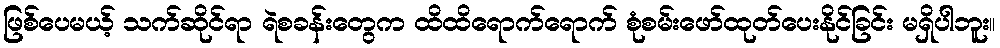
ဖြစ်ပေမယ့် သက်ဆိုင်ရာ ရဲစခန်းတွေက ထိထိရောက်ရောက် စုံစမ်းဖော်ထုတ်ပေးနိုင်ခြင်း မရှိပါဘူး။